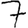
Digit: 7